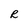
Character: R